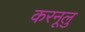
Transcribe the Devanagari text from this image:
करनूलु